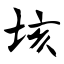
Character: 垓